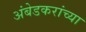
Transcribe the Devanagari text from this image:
अंबेडकरांच्या